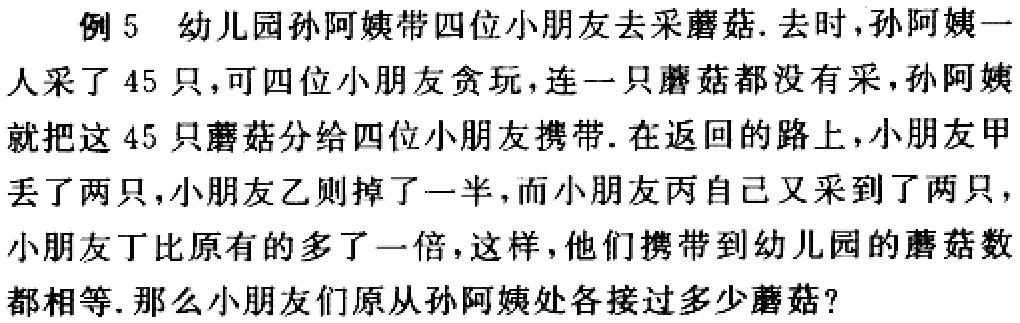
例5 幼儿园孙阿姨带四位小朋友去采蘑菇. 去时,孙阿姨一人采了45只,可四位小朋友贪玩,连一只蘑菇都没有采,孙阿姨就把这45只蘑菇分给四位小朋友携带. 在返回的路上,小朋友甲丢了两只,小朋友乙则掉了一半,而小朋友丙自己又采到了两只,小朋友丁比原有的多了一倍,这样,他们携带到幼儿园的蘑菇数都相等. 那么小朋友们原从孙阿姨处各接过多 少蘑菇?